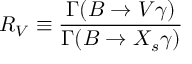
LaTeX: R _ { V } \equiv \frac { \Gamma ( B \to V \gamma ) } { \Gamma ( B \to X _ { s } \gamma ) }